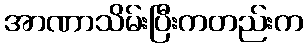
အာဏာသိမ်းပြီးကတည်းက